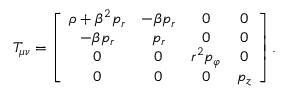
T _ { \mu \nu } = \left[ \begin{array} { c c c c } { \rho + \beta ^ { 2 } p _ { r } } & { - \beta p _ { r } } & { 0 } & { 0 } \\ { - \beta p _ { r } } & { p _ { r } } & { 0 } & { 0 } \\ { 0 } & { 0 } & { r ^ { 2 } p _ { \varphi } } & { 0 } \\ { 0 } & { 0 } & { 0 } & { p _ { z } } \end{array} \right] .